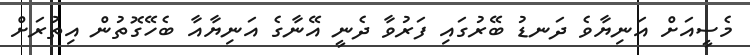
މެސީއަށް އަނިޔާވެ ދަނޑު ބޭރުގައި ފަރުވާ ދެނީ އޭނާގެ އަނިޔާއާ ބެހޭގޮތުން އިތުރަށް